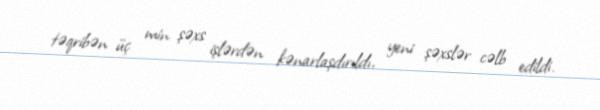
təqribən üç min şəxs işlərdən kənarlaşdırıldı, yeni şəxslər cəlb edildi.